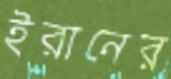
ইরানের